Report on vaccination in Madras 1895-1903 - 1895-1903
Year: 1895
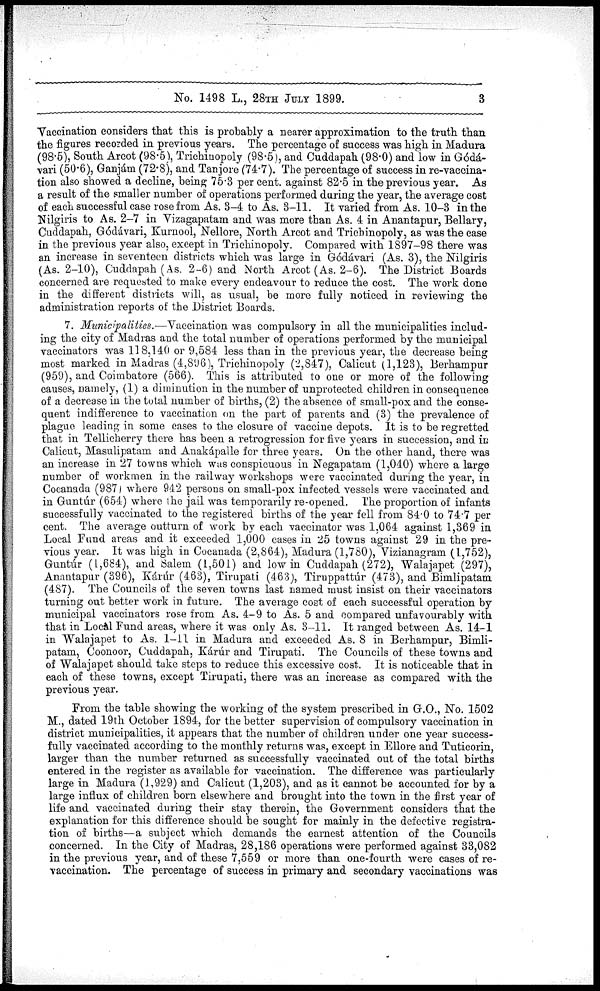
No. 1498 L., 28TH JULY 1899.
3
Vaccination considers that this is probably a nearer approximation to the truth than
the figures recorded in previous years. The percentage of success was high in Madura
(98.5), South Arcot (98.5), Trichinopoly (98.5), and Cuddapah (98.0) and low in Gódá¬
vari (50.6), Ganjám (72.8), and Tanjore (74.7). The percentage of success in re-vaccina-
tion also showed a decline, being 75.3 per cent. against 82.5 in the previous year. As
a result of the smaller number of operations performed during the year, the average cost
of each successful case rose from As. 3-4 to As. 3-11. It varied from As. 10-3 in the
Nilgiris to As. 2-7 in Vizagapatam and was more than As. 4 in Anantapur, Bellary,
Cuddapah, Gódávari, Kurnool, Nellore, North Arcot and Trichinopoly, as was the case
in the previous year also, except in Trichinopoly. Compared with 1897-98 there was
an increase in seventeen districts which was large in Gódávari (As. 3), the Nilgiris
(As. 2-10), Cuddapah (As. 2-6) and North Arcot (As. 2-6). The District Boards
concerned are requested to make every endeavour to reduce the cost. The work done
in the different districts will, as usual, be more fully noticed in reviewing the
administration reports of the District Boards.
7. Municipalities.—Vaccination was compulsory in all the municipalities includ-
ing the city of Madras and the total number of operations performed by the municipal
vaccinators was 118,140 or 9,584 less than in the previous year, the decrease being
most marked in Madras (4,896), Trichinopoly (2,847), Calicut (1,123), Berhampur
(959), and Coimbatore (566). This is attributed to one or more of the following
causes, namely, (1) a diminution in the number of unprotected children in consequence
of a decrease in the total number of births, (2) the absence of small-pox and the conse-
quent indifference to vaccination on the part of parents and (3) the prevalence of
plague leading in some cases to the closure of vaccine depots. It is to be regretted
that in Tellicherry there has been a retrogression for five years in succession, and in
Calicut, Masulipatam and Anakápalle for three years. On the other hand, there was
an increase in 27 towns which was conspicuous in Negapatam (1,040) where a large
number of workmen in the railway workshops were vaccinated during the year, in
Cocanada (987) where 942 persons on small-pox infected vessels were vaccinated and
in Guntúr (654) where the jail was temporarily re-opened. The proportion of infants
successfully vaccinated to the registered births of the year fell from 84.0 to 74.7 per
cent. The average outturn of work by each vaccinator was 1,064 against 1,369 in
Local Fund areas and it exceeded 1,000 cases in 25 towns against 29 in the pre-
vious year. It was high in Cocanada (2,864), Madura (1,780), Vizianagram (1,752),
Guntúr (1,684), and Salem (1,501) and low in Cuddapah (272), Walajapet (297),
Anantapur (396), Kárúr (463), Tirupati (463), Tiruppattúr (473), and Bimlipatam
(487). The Councils of the seven towns last named must insist on their vaccinators
turning out better work in future. The average cost of each successful operation by
municipal vaccinators rose from As. 4-9 to As. 5 and compared unfavourably with
that in Local Fund areas, where it was only As. 3-11. It ranged between As. 14-1
in Walajapet to As. 1-11 in Madura and exceeded As. 8 in Berhampur, Bimli-
patam, Coonoor, Cuddapah, Kárúr and Tirupati. The Councils of these towns and
of Walajapet should take steps to reduce this excessive cost. It is noticeable that in
each of these towns, except Tirupati, there was an increase as compared with the
previous year.
From the table showing the working of the system prescribed in G.O., No. 1502
M., dated 19th October 1894, for the better supervision of compulsory vaccination in
district municipalities, it appears that the number of children under one year success-
fully vaccinated according to the monthly returns was, except in Ellore and Tuticorin,
larger than the number returned as successfully vaccinated out of the total births
entered in the register as available for vaccination. The difference was particularly
large in Madura (1,929) and Calicut (1,203), and as it cannot be accounted for by a
large influx of children born elsewhere and brought into the town in the first year of
life and vaccinated during their stay therein, the Government considers that the
explanation for this difference should be sought for mainly in the defective registra-
tion of births—a subject which demands the earnest attention of the Councils
concerned. In the City of Madras, 28,186 operations were performed against 33,082
in the previous year, and of these 7,559 or more than one-fourth were cases of re-
vaccination. The percentage of success in primary and secondary vaccinations was